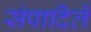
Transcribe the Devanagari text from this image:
संपादिलें